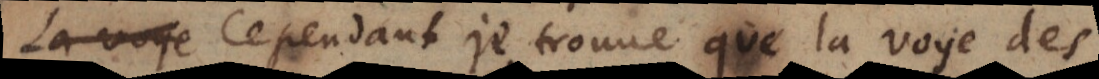
La voye Cependant je trouve que la voye des